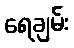
ရေချမ်း